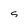
Character: g